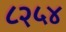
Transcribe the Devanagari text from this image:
८२५४